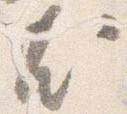
尤